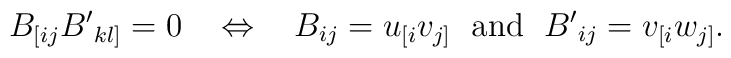
B_{[ij} {B'}_{kl]} = 0 \hskip 0.15in\Leftrightarrow \hskip 0.15in B_{ij} = u_{[i}v_{j]} \hskip 0.1in \hbox{and} \hskip 0.1in {B'}_{ij} =v_{[i} w_{j]}.